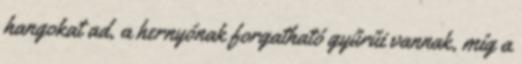
hangokat ad, a hernyónak forgatható gyűrűi vannak, míg a